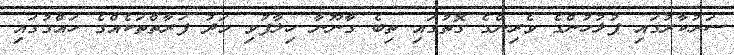
ސަރުކާރުގައި ފުލުހުންގެ ވެރިންގެ ގޮތުގައި ތިބެ ގާނޫނާ ހިލާފުވި މަދު ފަރާތްތަކެއްގެ ހައްގުގައި